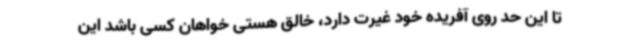
تا این حد روی آفریده خود غیرت دارد، خالق هستی خواهان کسی باشد این